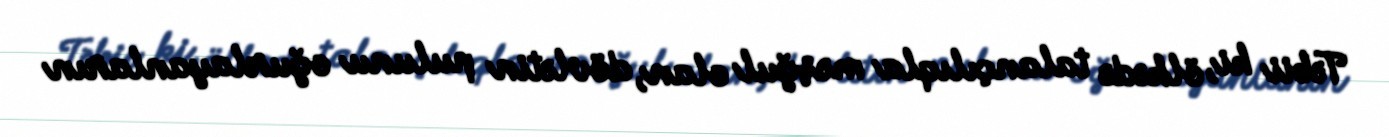
Təbii ki, ölkədə talançılıqla məşğul olan, dövlətin pulunu oğurlayanların